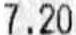
7.20